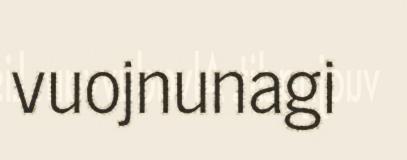
vuojnunagi